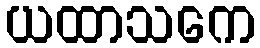
ယထာသကေ